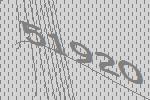
51920